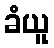
ခံယူ